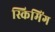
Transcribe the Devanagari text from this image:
स्किमिंग